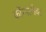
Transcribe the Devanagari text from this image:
कॉन्फ्लीक्ट